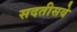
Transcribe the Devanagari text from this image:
सदतीसवे